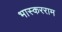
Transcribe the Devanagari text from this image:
भास्करराम